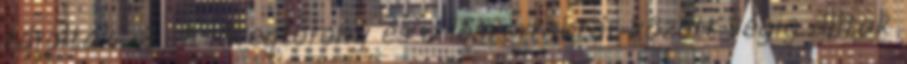
tárolták. 8 A lövegtorony és a lőszerraktár között végig álltak